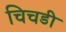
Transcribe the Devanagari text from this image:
चिचडी